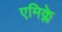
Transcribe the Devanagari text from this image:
एमिक्ले